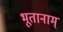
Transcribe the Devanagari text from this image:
भूतानाम्